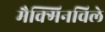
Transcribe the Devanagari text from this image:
मैक्मिनविले